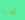
تجديه